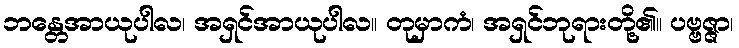
ဘန္တေအာယုပါလ၊ အရှင်အာယုပါလ။ တုမှာကံ၊ အရှင်ဘုရားတို့၏။ ပဗ္ဗဇ္ဇာ၊